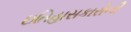
ઇતિહાસકારોની